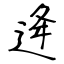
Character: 逄